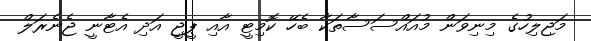
މަޖިލިހުގެ މިނިވަން މުއައްސަސާތަކާ ބެހޭ ކޮމިޓީ އާއި ޕީޖީ އަދި އެޓާނީ ޖެނެރަލް